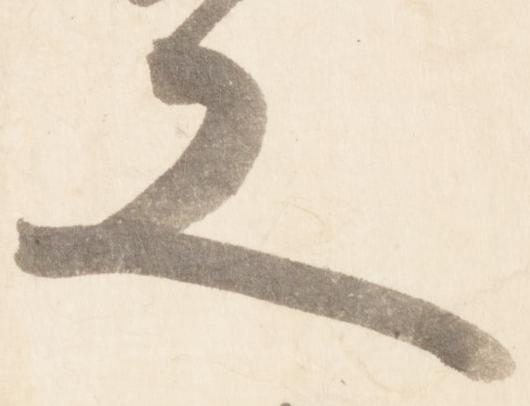
又